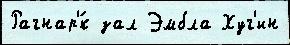
Рагнар'́к зал Эмбла Хуг'ин